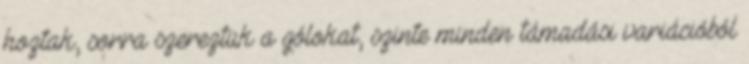
hoztak, sorra szereztük a gólokat, szinte minden támadási variációból